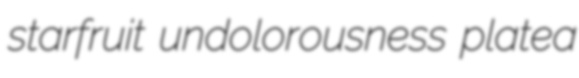
starfruit undolorousness platea